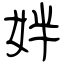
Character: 姅